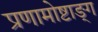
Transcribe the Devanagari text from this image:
प्रणामोष्टाङ्ग